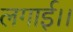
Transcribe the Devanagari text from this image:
लगाई।।